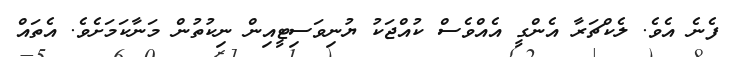
ފެނެ އެވެ. ލެކްޗަރާ އެންގީ އެއްވެސް ކުއްޖަކު ޔުނިވަސިޓީއިން ނިކުތުން މަނާކަމަށެވެ. އެތައް